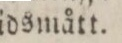
trädsmått.